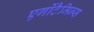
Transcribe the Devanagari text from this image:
एर्गोटैमिन्स